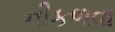
નીકળવા